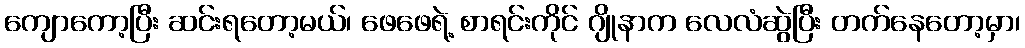
ကျောကော့ပြီး ဆင်းရတော့မယ်၊ ဖေဖေရဲ့ စာရင်းကိုင် ဂျိုနာက လေလံဆွဲပြီး တက်နေတော့မှာ၊